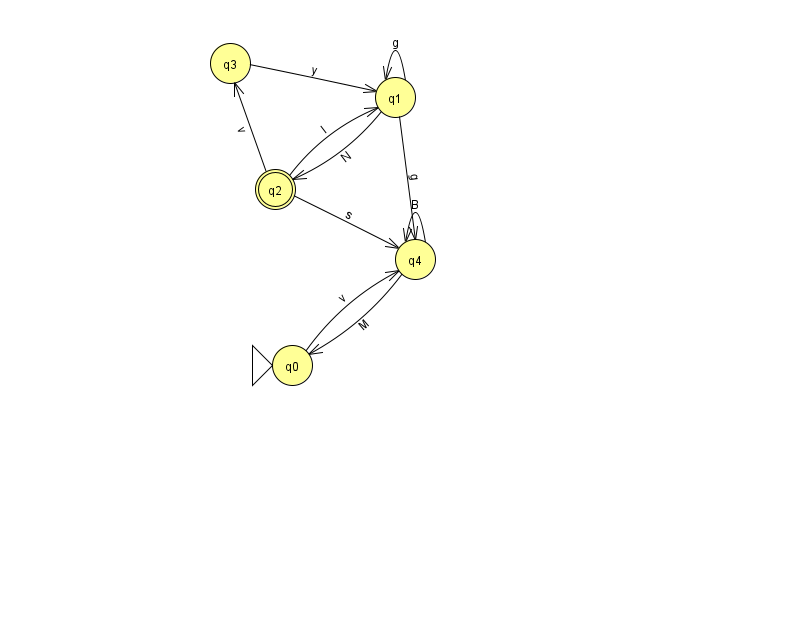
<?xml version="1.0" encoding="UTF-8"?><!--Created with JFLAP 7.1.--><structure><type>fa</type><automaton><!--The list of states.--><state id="0" name="q0"><x>292.0</x><y>352.0</y><initial/></state><state id="1" name="q1"><x>395.0</x><y>84.0</y></state><state id="2" name="q2"><x>275.0</x><y>176.0</y><final/></state><state id="3" name="q3"><x>230.0</x><y>50.0</y></state><state id="4" name="q4"><x>415.0</x><y>246.0</y></state><!--The list of transitions.--><transition><from>1</from><to>2</to><read>N</read></transition><transition><from>0</from><to>4</to><read>v</read></transition><transition><from>2</from><to>4</to><read>s</read></transition><transition><from>4</from><to>4</to><read>B</read></transition><transition><from>1</from><to>1</to><read>g</read></transition><transition><from>2</from><to>1</to><read>I</read></transition><transition><from>1</from><to>4</to><read>g</read></transition><transition><from>4</from><to>0</to><read>M</read></transition><transition><from>2</from><to>3</to><read>v</read></transition><transition><from>3</from><to>1</to><read>y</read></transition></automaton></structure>